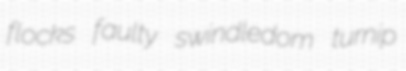
flocks faulty swindledom turnip